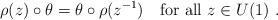
LaTeX: \begin{align*}\rho(z)\circ \theta =\theta\circ \rho(z^{-1})\quad\mbox{for all } z\in U(1)\ .\end{align*}